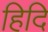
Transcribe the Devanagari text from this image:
हिदि